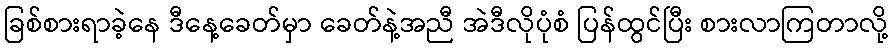
ခြစ်စားရာခဲ့နေ ဒီနေ့ခေတ်မှာ ခေတ်နဲ့အညီ အဲဒီလိုပုံစံ ပြန်ထွင်ပြီး စားလာကြတာလို့